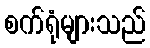
စက်ရုံများသည်